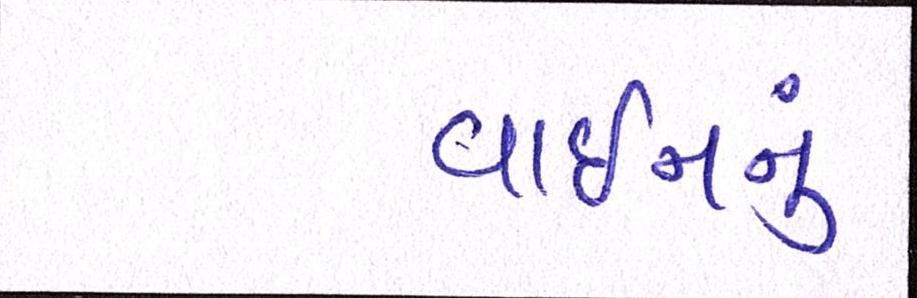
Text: વાઇનનું